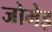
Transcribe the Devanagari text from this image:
जोमेइ